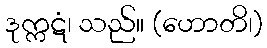
ဒုက္ကဋံ၊ သည်။ (ဟောတိ၊)